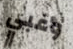
وغبي